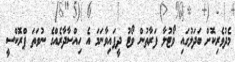
މެދުވެރިކޮށް ބަދަލުގައި ވޯޓުލާ ފަރާތުން ވޯޓު ދީފައިވާނަމަ އެ ހިއްސާދާރެއްގެ ނުވަތަ ޕްރޮކްސީ